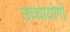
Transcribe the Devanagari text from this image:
उच्चायोगों